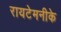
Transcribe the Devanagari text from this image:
रायटेमनीके